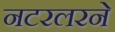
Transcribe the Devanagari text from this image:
नटरलरने